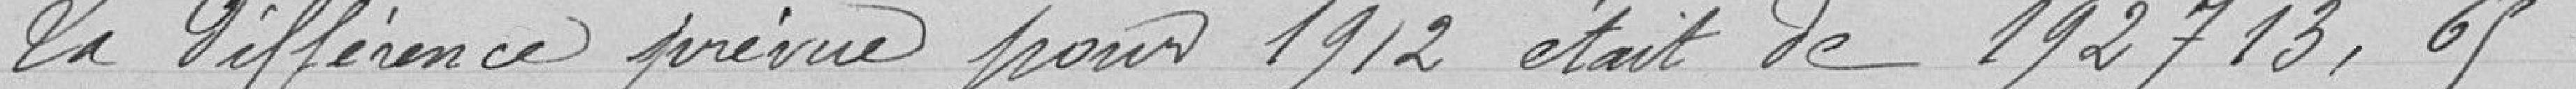
La différence prévue pour 1912 était de 192 713,65 francs.